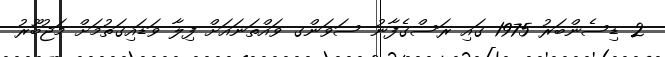
2 ޑިސެންބަރު 1975 ގައި ރަސްގެފާނު ސަވަންގ ވައްތަނައަށް ފިލާ ވަޑައިގަތުމަށް މަޖުބޫރު